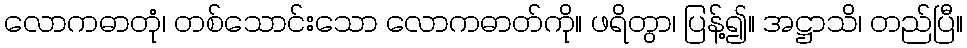
လောကဓာတုံ၊ တစ်သောင်းသော လောကဓာတ်ကို။ ဖရိတွာ၊ ပြန့်၍။ အဋ္ဌာသိ၊ တည်ပြီ။